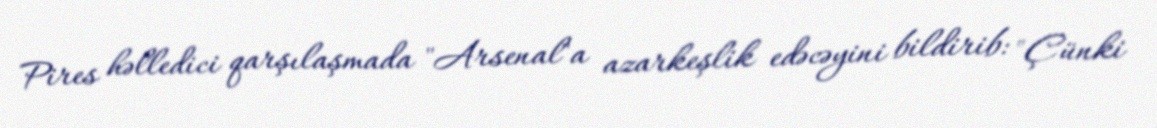
Pires həlledici qarşılaşmada "Arsenal"a azarkeşlik edəcəyini bildirib: "Çünki